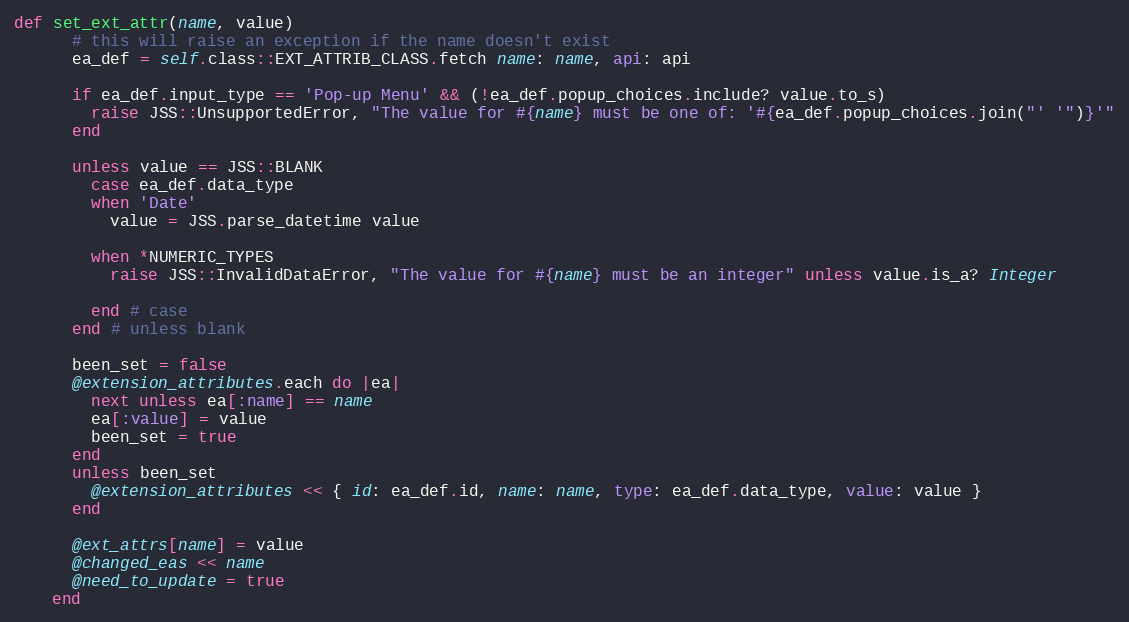
Language: Ruby
def set_ext_attr(name, value)
      # this will raise an exception if the name doesn't exist
      ea_def = self.class::EXT_ATTRIB_CLASS.fetch name: name, api: api

      if ea_def.input_type == 'Pop-up Menu' && (!ea_def.popup_choices.include? value.to_s)
        raise JSS::UnsupportedError, "The value for #{name} must be one of: '#{ea_def.popup_choices.join("' '")}'"
      end

      unless value == JSS::BLANK
        case ea_def.data_type
        when 'Date'
          value = JSS.parse_datetime value

        when *NUMERIC_TYPES
          raise JSS::InvalidDataError, "The value for #{name} must be an integer" unless value.is_a? Integer

        end # case
      end # unless blank

      been_set = false
      @extension_attributes.each do |ea|
        next unless ea[:name] == name
        ea[:value] = value
        been_set = true
      end
      unless been_set
        @extension_attributes << { id: ea_def.id, name: name, type: ea_def.data_type, value: value }
      end

      @ext_attrs[name] = value
      @changed_eas << name
      @need_to_update = true
    end